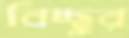
বিচ্ছুর